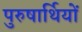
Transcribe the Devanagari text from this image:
पुरुषार्थियों